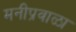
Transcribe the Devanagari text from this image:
मनीप्रवाळा